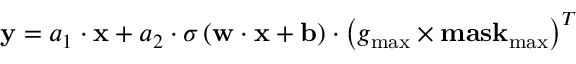
{ \bf { y } } = { a _ { 1 } } \cdot { \bf { x } } + { a _ { 2 } } \cdot \sigma \left( { { \bf { w } } \cdot { \bf { x } } + { \bf { b } } } \right) \cdot { \left( { { g _ { \operatorname* { m a x } } } \times { \bf { m a s } } { { \bf { k } } _ { \operatorname* { m a x } } } } \right) ^ { T } }